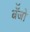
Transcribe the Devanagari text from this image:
बॅँजो